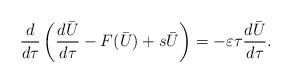
\begin{align*}\frac{d}{d\tau}\left(\frac{d\bar{U}}{d \tau}-F(\bar{U})+s\bar{U}\right)=-\varepsilon \tau\frac{d \bar{U}}{d\tau}.\end{align*}